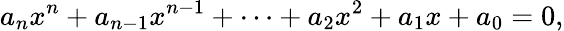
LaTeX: a_{n}x^{n}+a_{n-1}x^{n-1}+\dots+a_{2}x^{2}+a_{1}x+a_{0}=0,